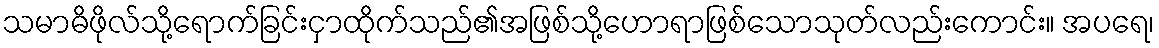
သမာဓိဖိုလ်သို့ရောက်ခြင်းငှာထိုက်သည်၏အဖြစ်သို့ဟောရာဖြစ်သောသုတ်လည်းကောင်း။ အပရေ၊